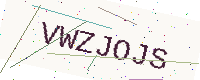
Text: VWZJOJS